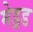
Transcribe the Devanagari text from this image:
मेड्रड